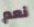
نعم